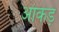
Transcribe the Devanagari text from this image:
आंकड़